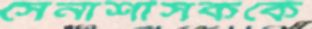
সেনাশাসককে